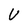
Character: U